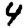
Digit: 4